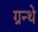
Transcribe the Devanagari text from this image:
ग्रन्थे